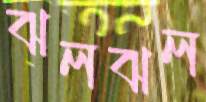
ঝলঝল